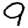
Digit: 9